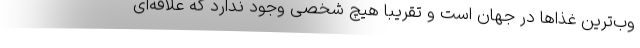
وب‌ترین غذاها در جهان است و تقریبا هیچ شخصی وجود ندارد که علاقه‌ای